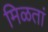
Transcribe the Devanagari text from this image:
मिळतां